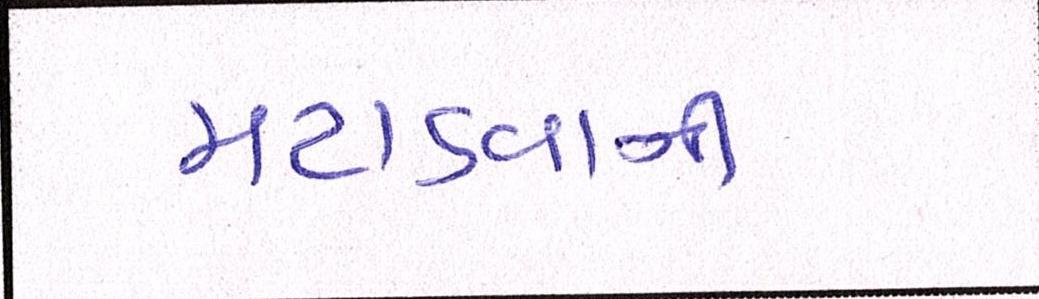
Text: મટાડવાની